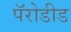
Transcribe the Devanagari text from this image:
पॅरोडीड